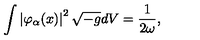
\int \left| \varphi _ { \alpha } ( x ) \right| ^ { 2 } \sqrt { - g } d V = \frac { 1 } { 2 \omega } ,